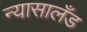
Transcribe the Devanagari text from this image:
न्यासालँड